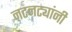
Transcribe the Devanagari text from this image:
नटनट्यांनी